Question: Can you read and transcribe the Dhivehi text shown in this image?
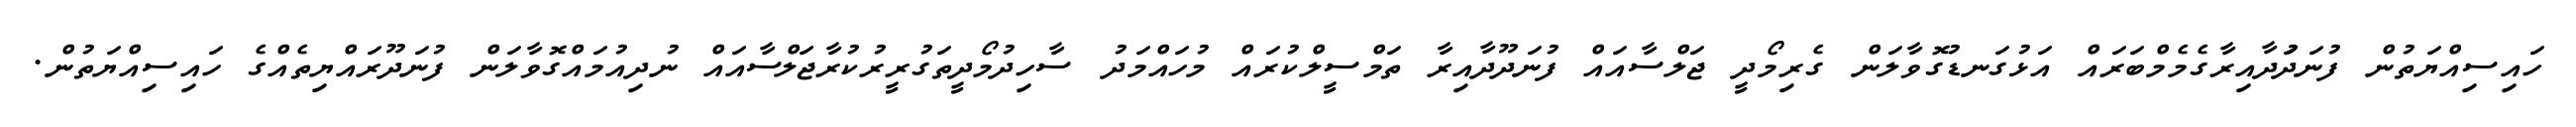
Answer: ހައިސިއްޔަތުން ފުނަދަުދާއިރާގެމެމްބަރައް އަޅުގަނޑުގޮވާލަން ގެރިމޯދީ ޖަލްސާއައް ފުނަދޫދާއިރާ ތަމްސީލްކުރައް މުހައްމަދު ސާހިދުމޯދީތަގުރީރުކުރާޖަލްސާއައް ނުދިއުމައްގޮވާލަން ފުނަދޫރައްޔިތެއްގެ ހައިސިއްޔަތުން.